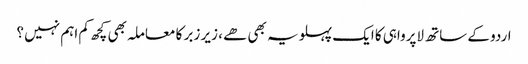
اردو کے ساتھ لاپرواہی کا ایک پہلو یہ بھی ھے ، زیر زبر کا معاملہ بھی کچھ کم اہم نہیں ؟